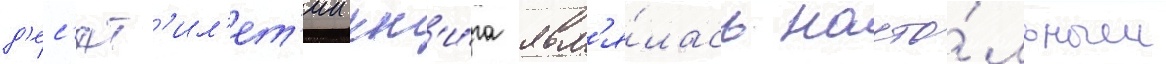
д'ес'ят'ил'ет'ии кн'и́га явл'я́лась насто́льным